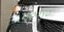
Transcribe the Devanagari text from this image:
४००९०